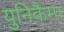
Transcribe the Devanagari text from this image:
युनिकैम्प